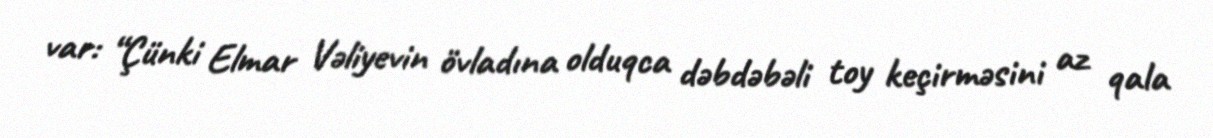
var: “Çünki Elmar Vəliyevin övladına olduqca dəbdəbəli toy keçirməsini az qala